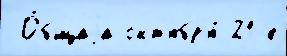
 О́бщаjа окт'ябр'я́ 21-е